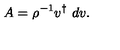
A = \rho ^ { - 1 } v ^ { \dagger } \ d v .